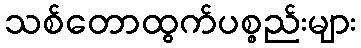
သစ်တောထွက်ပစ္စည်းများ